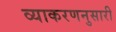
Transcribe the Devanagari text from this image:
व्याकरणनुसारी